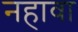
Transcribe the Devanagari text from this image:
नहावा